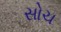
સોચ